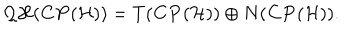
{ \cal Q H } ( { \bf C P } ( { \cal H } ) ) = T ( { \bf C P } ( { \cal H } ) ) \oplus N ( { \bf C P } ( { \cal H } ) ) .